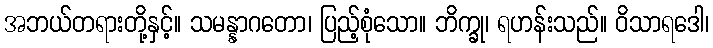
အဘယ်တရားတို့နှင့်။ သမန္နာဂတော၊ ပြည့်စုံသော။ ဘိက္ခု၊ ရဟန်းသည်။ ဝိသာရဒေါ၊